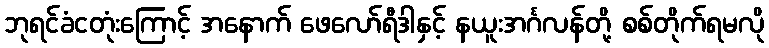
ဘုရင်ခံငတုံးကြောင့် အနောက် ဖေလော်ရီဒါနှင့် နယူးအင်္ဂလန်တို့ စစ်တိုက်ရမလို